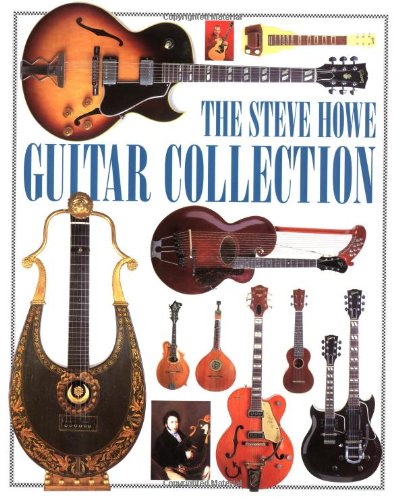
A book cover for The Steve Howe Guitar Collection; Steve Howe; Crafts, Hobbies & Home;